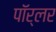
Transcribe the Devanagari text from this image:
पॉर्लर